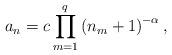
LaTeX: \begin{align*}a_{n}=c\prod_{m=1}^q\left( n_{m}+1\right) ^{-\alpha },\end{align*}